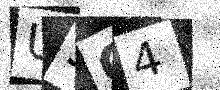
Text: U3C4